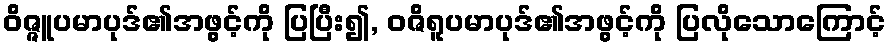
ဝိဇ္ဇူပမာပုဒ်၏အဖွင့်ကို ပြပြီး၍, ဝဇိရူပမာပုဒ်၏အဖွင့်ကို ပြလိုသောကြောင့်